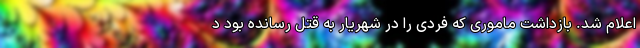
اعلام شد. بازداشت ماموری که فردی را در شهریار به قتل رسانده بود د